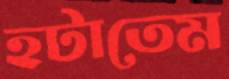
হটাতেম